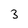
Character: 3